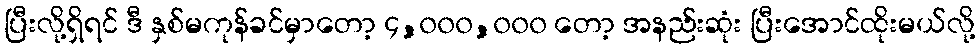
ပြီးလို့ရှိရင် ဒီ နှစ်မကုန်ခင်မှာတော့ ၄,၀၀၀,၀၀၀ တော့ အနည်းဆုံး ပြီးအောင်ထိုးမယ်လို့